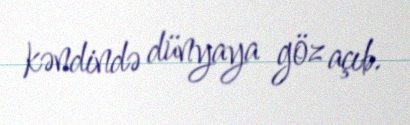
kəndində dünyaya göz açıb.